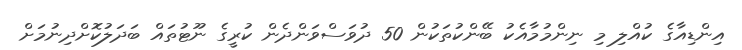
އިންޑިއާގެ ކުއްލި މި ނިންމުމާއެކު ބޭންކުތަކުން 50 ދުވަސްވަންދެން ކުރީގެ ނޫޓުތައް ބަދަލުކޮށްދިނުމަށް